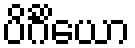
ပိင်္ဂိယော